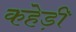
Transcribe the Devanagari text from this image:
कहेड़ी